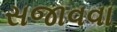
સજાવવા